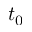
t _ { 0 }